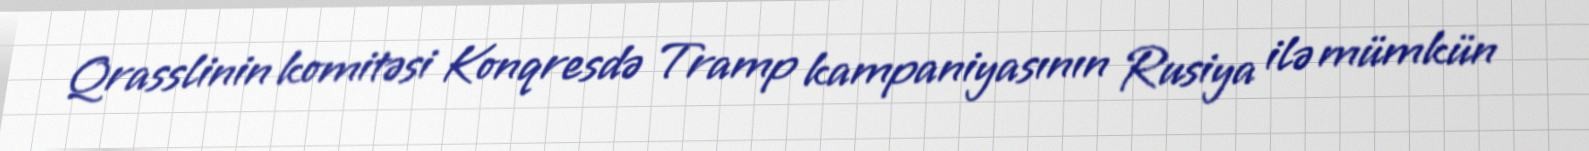
Qrasslinin komitəsi Konqresdə Tramp kampaniyasının Rusiya ilə mümkün